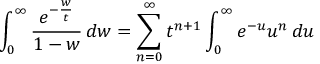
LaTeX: \int _ { 0 } ^ { \infty } { \frac { e ^ { - { \frac { w } { t } } } } { 1 - w } } \, d w = \sum _ { n = 0 } ^ { \infty } t ^ { n + 1 } \int _ { 0 } ^ { \infty } e ^ { - u } u ^ { n } \, d u